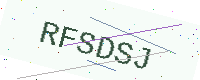
Text: RFSDSJ